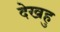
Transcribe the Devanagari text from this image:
देखहु